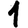
Digit: 1